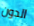
الدون